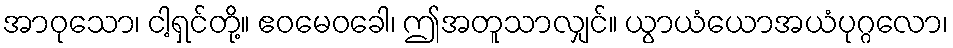
အာဝုသော၊ ငါ့ရှင်တို့။ ဧဝမေဝခေါ၊ ဤအတူသာလျှင်။ ယွာယံယောအယံပုဂ္ဂလော၊